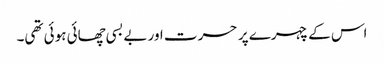
اس کے چہرے پر حسرت اور بے بسی چھائی ہوئی تھی۔